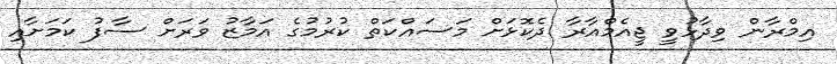
އިމްރާން ވިދާޅުވީ ޖީއެމްއާރާ ދެކޮޅަށް މަސައްކަތް ކުރުމުގެ އަމާޒު ވަރަށް ސާފު ކަމަށާއި